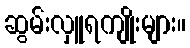
ဆွမ်းလှူရကျိုးများ။